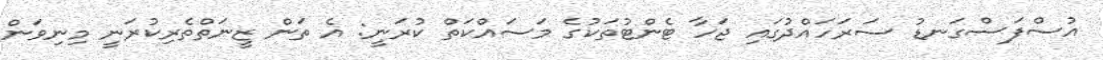
އުސްފަސްގަނޑު ސަރަހައްދުގައި ޖަހާ ޓެންޓުތަކުގެ މަސައްކަތް ކުރަނީ: އެ ތަން ޒީނަތްތެރިކުރަނީ މިނިވަން